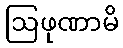
ဩဖုဏာမိ